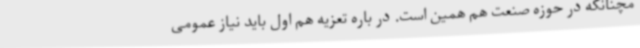
مچنانکه در حوزه صنعت هم همین است. در باره تعزیه هم اول باید نیاز عمومی